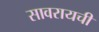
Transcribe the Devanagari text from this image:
सावरायची